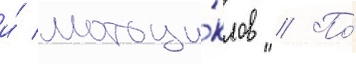
и́ мотоци́клов // По́